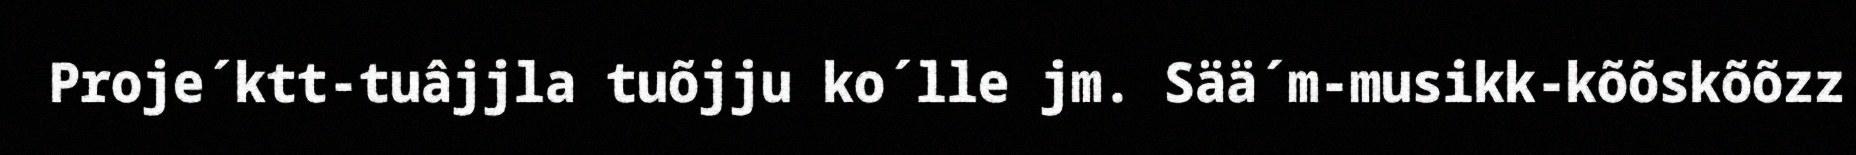
Proje´ktt-tuâjjla tuõjju ko´lle jm. Sää´m-musikk-kõõskõõzz